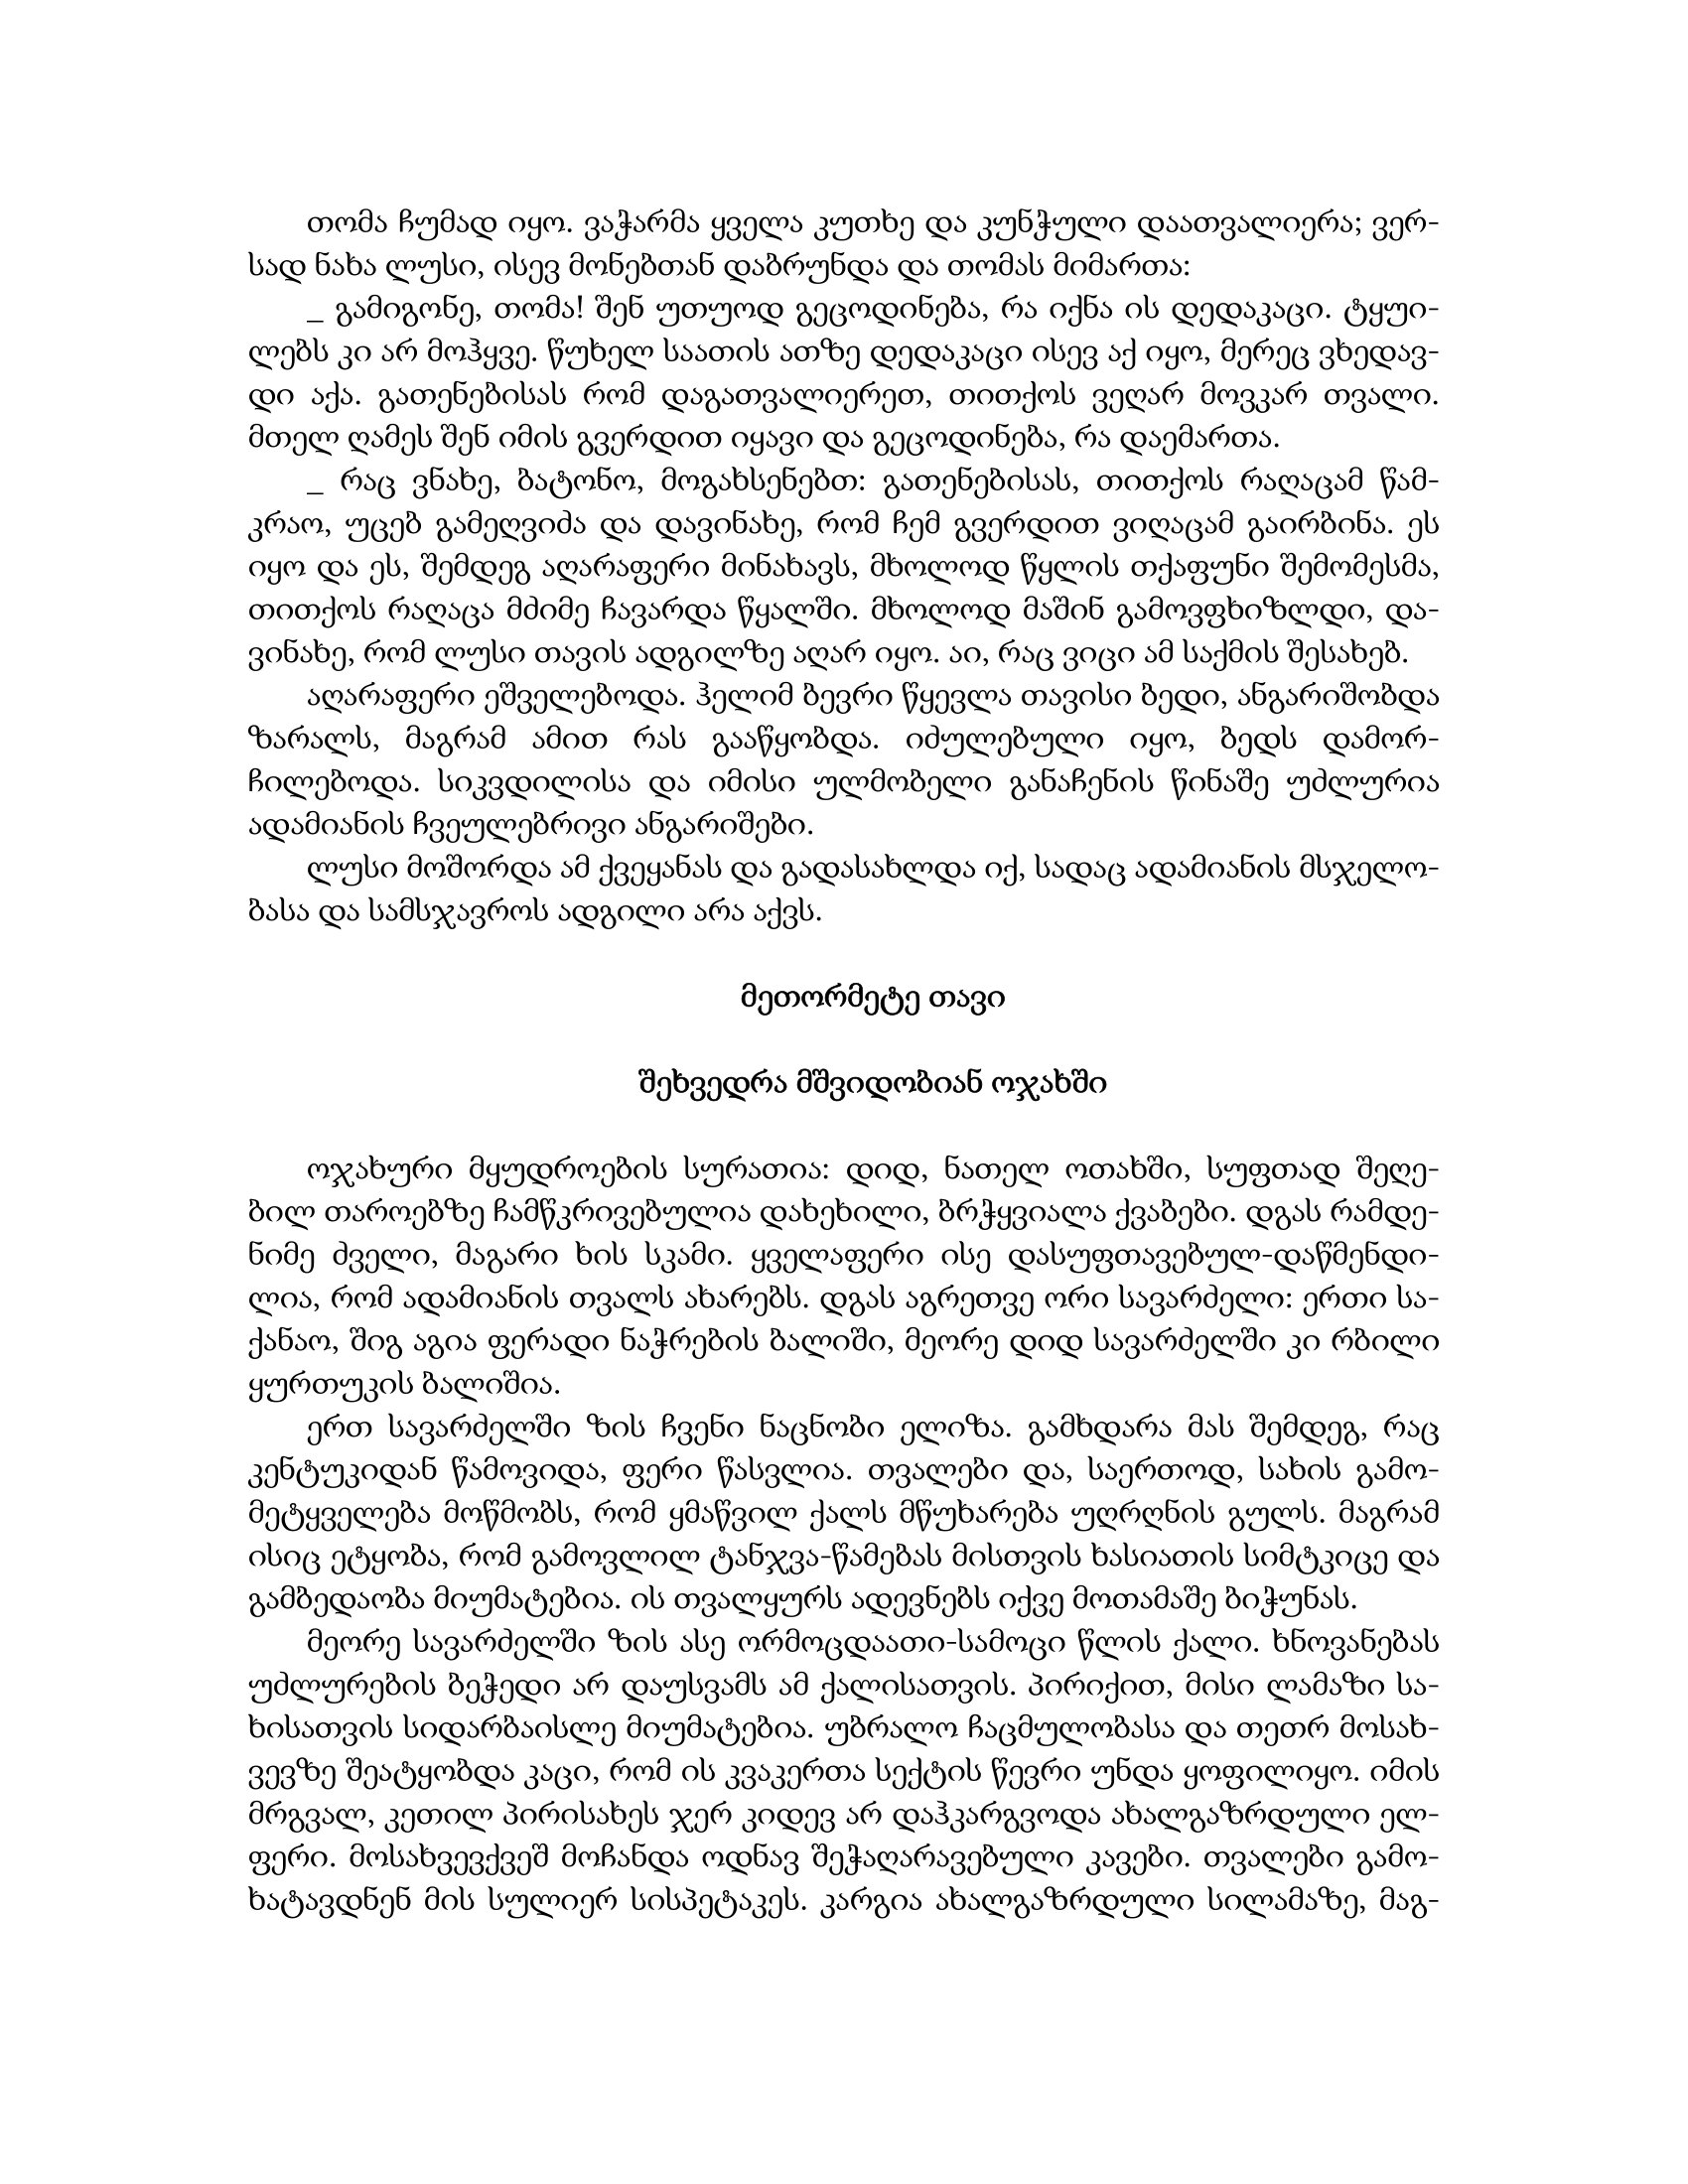
Language: gr